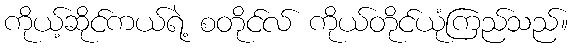
ကိုယ့်ဆိုင်ကယ်ရဲ့ စတိုင်လ် ကိုယ်တိုင်ယုံကြည်သည်။